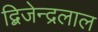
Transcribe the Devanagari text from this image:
द्बिजेन्द्रलाल